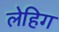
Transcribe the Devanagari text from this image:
लेहिग